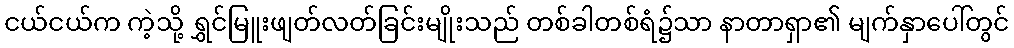
ငယ်ငယ်က ကဲ့သို့ ရွှင်မြူးဖျတ်လတ်ခြင်းမျိုးသည် တစ်ခါတစ်ရံ၌သာ နာတာရှာ၏ မျက်နှာပေါ်တွင်